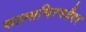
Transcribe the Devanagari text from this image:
फाल्सचिरमजैगर